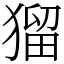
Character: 𤠑